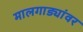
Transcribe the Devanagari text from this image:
मालगाड्यांवर